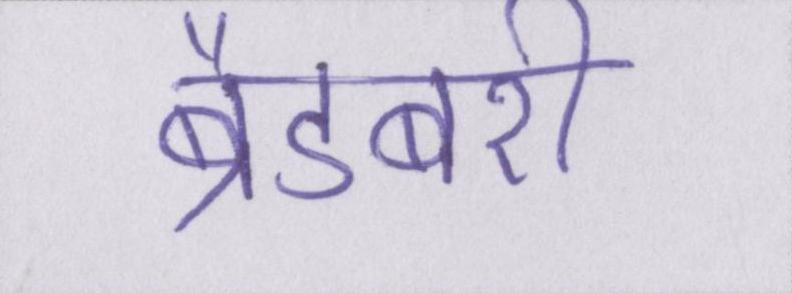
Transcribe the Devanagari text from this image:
ब्रैडबरी